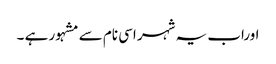
اوراب یہ شہر اسی نام سے مشہور ہے ۔